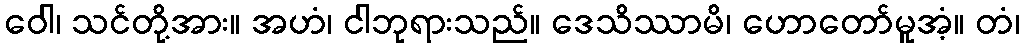
ဝေါ၊ သင်တို့အား။ အဟံ၊ ငါဘုရားသည်။ ဒေသိဿာမိ၊ ဟောတော်မူအံ့။ တံ၊